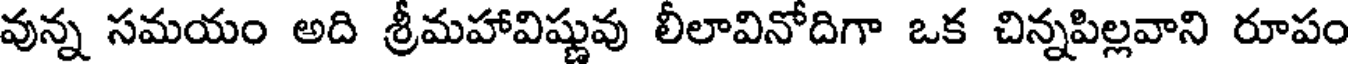
వున్న సమయం అది శ్రీమహావిష్ణువు లీలావినోదిగా ఒక చిన్నపిల్లవాని రూపం